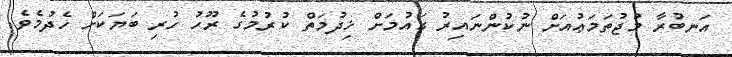
އަނބުރާ މުޖުތަމަޢުއަށް ނުކުންނައިރު ގައުމަށް ޚިދުމަތް ކުރުމުގެ ރޫހު ހުރި ބަޔަކަށް ހެދުމެވެ.